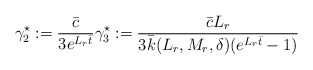
\begin{align*}\begin{aligned}\gamma_2^\star := \dfrac{\bar c}{3 e^{ L_r \bar{t}}}\gamma_3^\star := \dfrac{\bar c L_r }{3 \bar k(L_r,M_r, \delta) (e^{ L_r \bar{t}}-1)}\end{aligned}\end{align*}